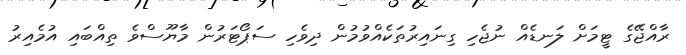
ރާއްޖޭގެ ޓީމަށް ލަނޑެއް ނުޖެހި ގިނައިރުތަކެއްވުމުން ދިވެހި ސަޕޯޓަރުން މާޔޫސްވެ ތިއްބައި އުމެއިރު